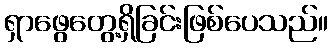
ရှာဖွေတွေ့ရှိခြင်းဖြစ်ပေသည်။